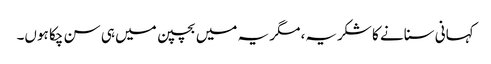
کہانی سنانے کا شکریہ، مگر یہ میں بچپن میں ہی سن چکا ہوں۔